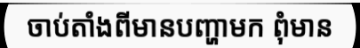
ចាប់តាំងពីមានបញ្ហាមក ពុំមាន